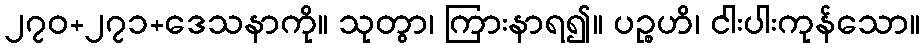
၂၇၀+၂၇၁+ဒေသနာကို။ သုတွာ၊ ကြားနာရ၍။ ပဉ္စဟိ၊ ငါးပါးကုန်သော။